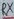
Text: RX